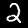
Label: 2